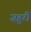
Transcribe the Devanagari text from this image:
ज़हूरी